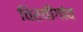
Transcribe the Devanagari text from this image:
चिरयीगांव